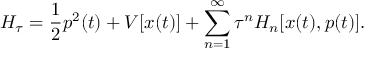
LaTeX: H _ { \tau } = \frac { 1 } { 2 } p ^ { 2 } ( t ) + V [ x ( t ) ] + \sum _ { n = 1 } ^ { \infty } \tau ^ { n } H _ { n } [ x ( t ) , p ( t ) ] .